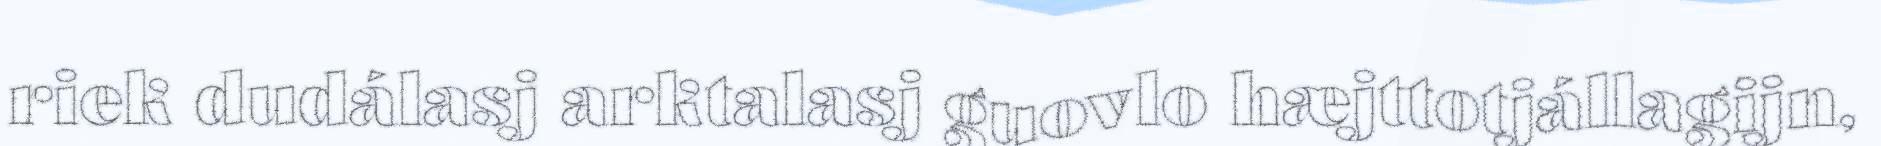
riek dudálasj arktalasj guovlo hæjttotjállagijn,